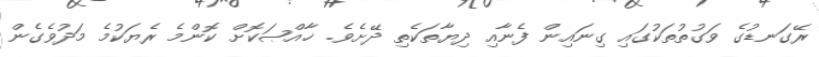
ރޭގަނޑުގެ ވަގުތުތަކުގައި ގިނައިން ފެނާއި ދިޔާތަކެތި ދޭށެވެ. ޚާއްޞަކޮށް ކޮންމެ ރެޔަކުމެ މަދުވެގެން